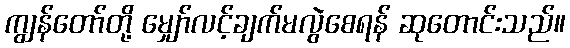
ကျွန်တော်တို့ မျှော်လင့်ချက်မလွဲစေရန် ဆုတောင်းသည်။